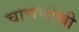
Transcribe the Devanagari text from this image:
चाचणीची